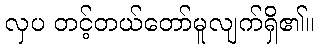
လှပ တင့်တယ်တော်မူလျက်ရှိ၏။